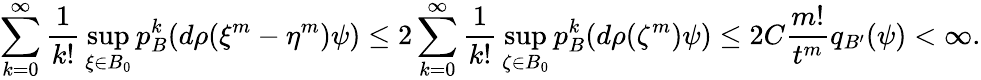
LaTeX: \sum_{k=0}^{\infty}{\frac{1}{k!}}\operatorname*{sup}_{\xi\in B_{0}}p_{B}^{k}(d\rho(\xi^{m}-\eta^{m})\psi)\leq 2\sum_{k=0}^{\infty}{\frac{1}{k!}}\operatorname*{sup}_{\zeta\in B_{0}}p_{B}^{k}(d\rho(\zeta^{m})\psi)\leq 2C{\frac{m!}{t^{m}}}q_{B^{\prime}}(\psi)<\infty.